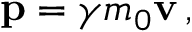
\mathbf { p } = \gamma m _ { 0 } \mathbf { v } \, ,